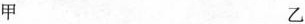
甲 乙